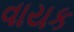
વાયક